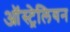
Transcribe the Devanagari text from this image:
आॅस्ट्रेलियन